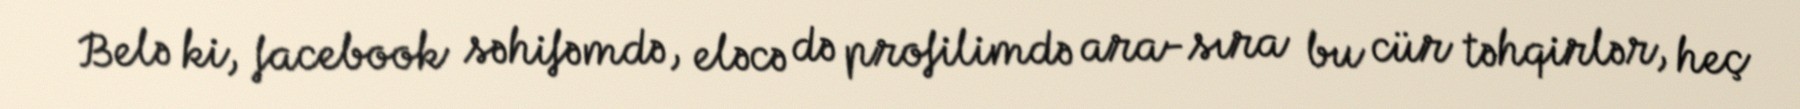
Belə ki, facebook səhifəmdə, eləcə də profilimdə ara-sıra bu cür təhqirlər, heç